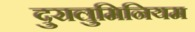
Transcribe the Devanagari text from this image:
दुरालुमिनियम